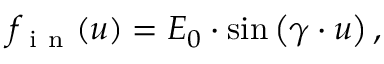
f _ { \mathrm { ~ i ~ n ~ } } ( u ) = E _ { 0 } \cdot \sin \left( \gamma \cdot u \right) ,